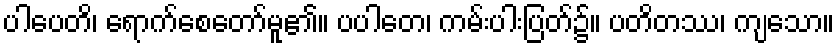
ပါပေတိ၊ ရောက်စေတော်မူ၏။ ပပါတေ၊ ကမ်းပါးပြတ်၌။ ပတိတဿ၊ ကျသော။